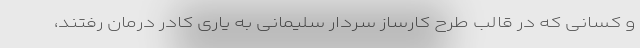
و کسانی که در قالب طرح کارساز سردار سلیمانی به یاری کادر درمان رفتند،